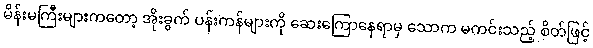
မိန်းမကြီးများကတော့ အိုးခွက် ပန်းကန်များကို ဆေးကြောနေရာမှ သောက မကင်းသည့် စိတ်ဖြင့်